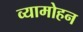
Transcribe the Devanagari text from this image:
व्यामोहन